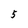
Character: 5